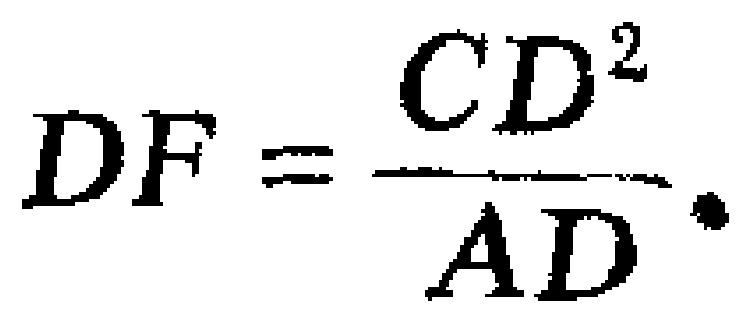
$DF = \frac{CD^{2}}{AD}.$